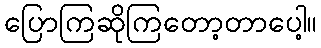
ပြောကြဆိုကြတော့တာပေါ့။